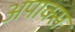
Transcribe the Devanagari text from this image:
अपाक्स